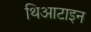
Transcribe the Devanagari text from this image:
थिआटाइन